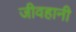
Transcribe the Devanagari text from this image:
जीवहानी